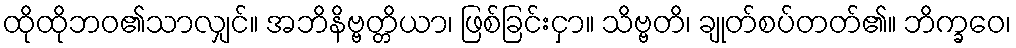
ထိုထိုဘဝ၏သာလျှင်။ အဘိနိဗ္ဗတ္တိယာ၊ ဖြစ်ခြင်းငှာ။ သိဗ္ဗတိ၊ ချုတ်စပ်တတ်၏။ ဘိက္ခဝေ၊